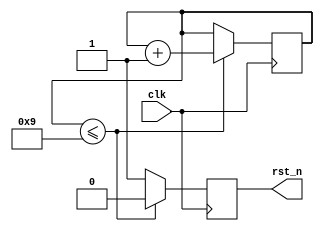
module rst
#(
    parameter delay_cnt = 10 //wait rffe device power on
)
(
    input clk,
    output reg rst_n=0
);

reg [31:0] clk_cnt=0;

always @(posedge clk) 
begin
    if(clk_cnt<=delay_cnt-1)
    begin
        rst_n<=0;
        clk_cnt<=clk_cnt+1;
    end
    else
    begin
        rst_n<=1;
    end
end

endmodule